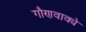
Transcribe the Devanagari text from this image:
गौणवाक्ये